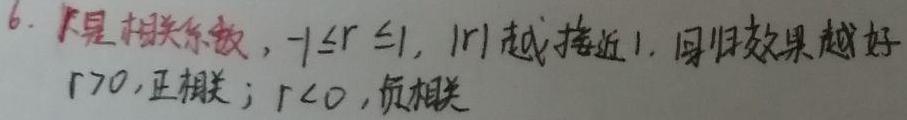
6. $r$是相关系数，$-1\leq r\leq1$，$|r|$越接近$1$，回归效果越好，$r > 0$，正相关；$r < 0$，负相关